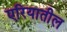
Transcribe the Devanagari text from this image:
एरियातील